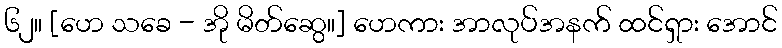
၆၂။ [ဟေ သခေ - အို မိတ်ဆွေ။] ဟေကား အာလုပ်အနက် ထင်ရှား အောင်